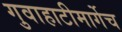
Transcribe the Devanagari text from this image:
गुवाहाटीमार्गेच